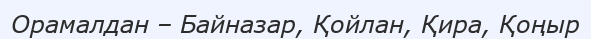
Орамалдан – Байназар, Қойлан, Қира, Қоңыр